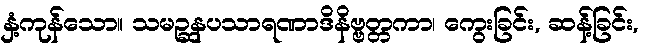
နှံ့ကုန်သော။ သမဉ္ဆနပသာရဏာဒိနိဗ္ဗတ္တကာ၊ ကွေးခြင်း, ဆန့်ခြင်း,